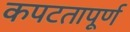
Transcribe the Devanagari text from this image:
कपटतापूर्ण